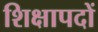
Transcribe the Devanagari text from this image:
शिक्षापदों